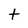
Character: t